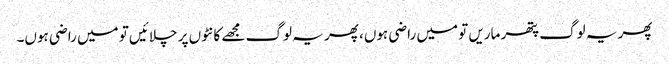
پھر یہ لوگ پتھر ماریں تو میں راضی ہوں، پھر یہ لوگ مجھے کانٹوں پر چلائیں تو میں راضی ہوں۔